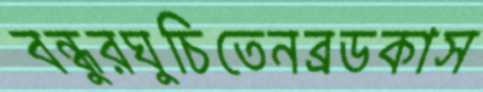
বন্ধুরঘুচিতেনব্রডকাস